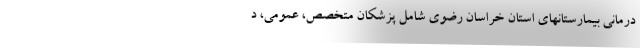
درمانی بیمارستانهای استان خراسان رضوی شامل پزشکان متخصص، عمومی، د